Report of the Bombay Veterinary College
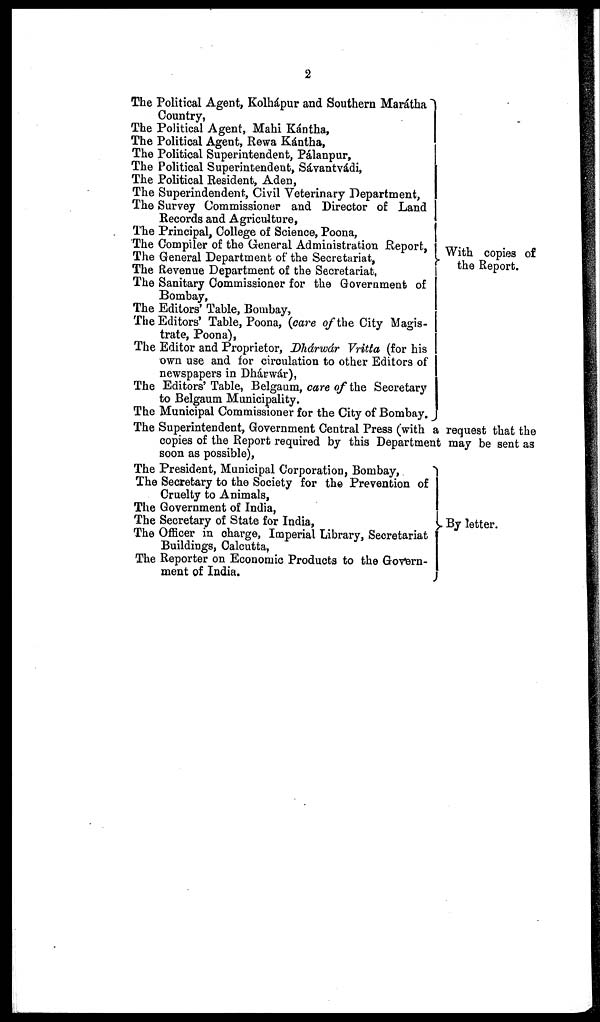
2
The Political Agent, Kolhápur and Southern Marátha
Country,
The Political Agent, Mahi Kántha,
The Political Agent, Rewa Kántha,
The Political Superintendent, Pálanpur,
The Political Superintendent, Sávantvádi,
The Political Resident, Aden,
The Superindendent, Civil Veterinary Department,
The Survey Commissioner and Director of Land
Records and Agriculture,
The Principal, College of Science, Poona,
The Compiler of the General Administration Report,
The General Department of the Secretariat,
The Revenue Department of the Secretariat,
The Sanitary Commissioner for the Government of
Bombay,
The Editors' Table, Bombay,
The Editors' Table, Poona, (care of the City Magis-
trate, Poona),
The Editor and Proprietor, Dhárwár Vritta (for his
own use and for circulation to other Editors of
newspapers in Dhárwár),
The Editors' Table, Belgaum, care of the Secretary
to Belgaum Municipality.
The Municipal Commissioner for the City of Bombay.
With copies of
the Report.
The Superintendent, Government Central Press (with a request that the
copies of the Report required by this Department may be sent as
soon as possible),
The President, Municipal Corporation, Bombay,
The Secretary to the Society for the Prevention of
Cruelty to Animals,
The Government of India,
The Secretary of State for India,
The Officer in charge, Imperial Library, Secretariat
Buildings, Calcutta,
The Reporter on Economic Products to the Govern-
ment of India.
By letter.